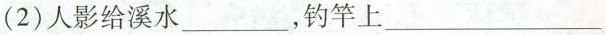
(2)人影给溪水___，钓竿上___